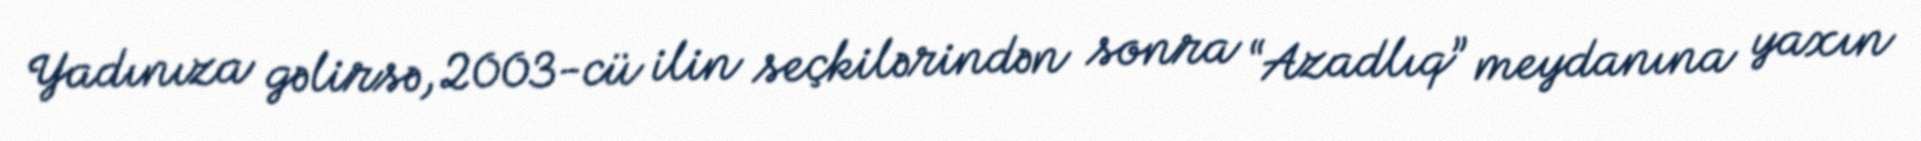
Yadınıza gəlirsə, 2003-cü ilin seçkilərindən sonra “Azadlıq” meydanına yaxın